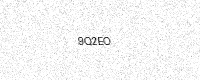
Text: 9Q2EO